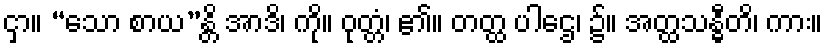
ငှာ။ “သော စာယ”န္တိ အာဒိ၊ ကို။ ဝုတ္တံ၊ ၏။ တတ္ထ ပါဌေ၊ ၌။ အတ္ထသန္ဓီတိ၊ ကား။